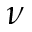
\nu